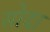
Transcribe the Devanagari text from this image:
सोदा